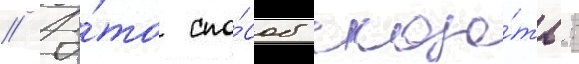
// Э́то спо́соб сказа́ть: